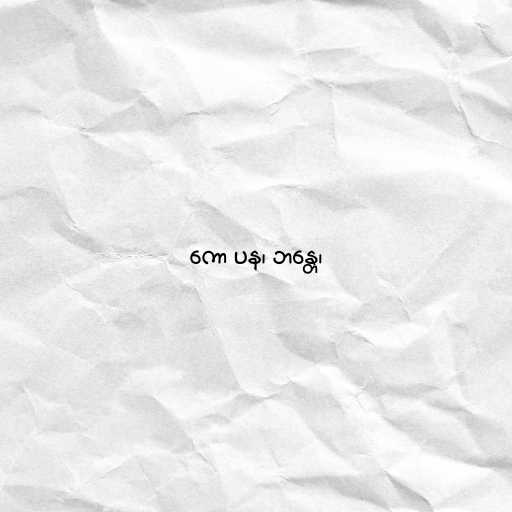
ကော ပန၊ ဘန္တေ၊